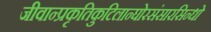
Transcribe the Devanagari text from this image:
जीवान्प्रकृतिकुटिलान्घोरसंसारसिन्धो